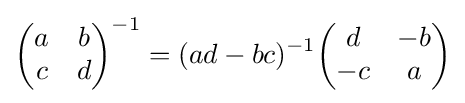
{\begin{pmatrix}a&b\\c&d\end{pmatrix}}^{-1}=(ad-bc)^{-1}{\begin{pmatrix}d&-b\\-c&a\end{pmatrix}}